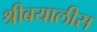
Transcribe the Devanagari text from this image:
श्रीबयालीस